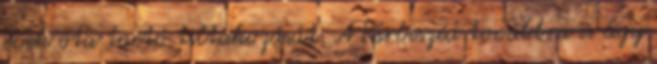
évek óta tartó tiltakozását. A Párbeszéd továbbra is úgy